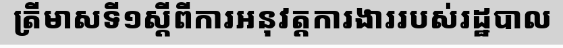
ត្រីមាសទី១ស្តីពីការអនុវត្តការងាររបស់រដ្ឋបាល